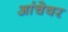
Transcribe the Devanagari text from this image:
आंचेवर